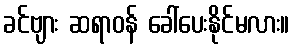
ခင်ဗျား ဆရာဝန် ခေါ်ပေးနိုင်မလား။